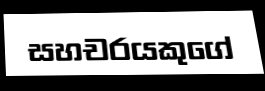
සහචරයකුගේ